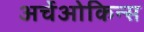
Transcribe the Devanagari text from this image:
अर्चेओकिन्स